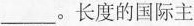
___。长度的国际主